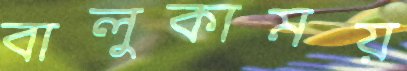
বালুকাময়